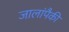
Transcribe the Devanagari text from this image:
जालांपैकी